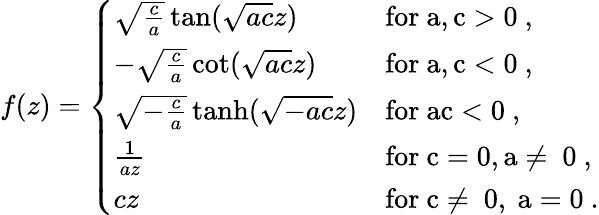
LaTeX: f(z)=\left\{ \begin{array}{ll}{\sqrt{\frac{c}{a}}\tan(\sqrt{ac}z)}&{\mathrm{for~a,c>0~,}}\\ {-\sqrt{\frac{c}{a}}\cot(\sqrt{ac}z)}&{\mathrm{for~a,c<0~,}}\\ {\sqrt{-\frac{c}{a}}\operatorname{tanh}(\sqrt{-ac}z)}&{\mathrm{for~ac<0~,}}\\ {\frac{1}{az}}&{\mathrm{for~c=0,a\neq~0~,}}\\ {cz}&{\mathrm{for~c\neq~0,~a=0~}.}\end{array}\right.